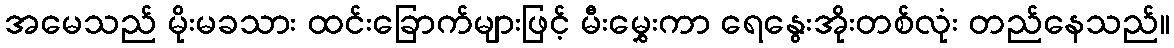
အမေသည် မိုးမခသား ထင်းခြောက်များဖြင့် မီးမွှေးကာ ရေနွေးအိုးတစ်လုံး တည်နေသည်။